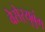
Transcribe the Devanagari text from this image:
वेसेऱ्युबुंग